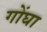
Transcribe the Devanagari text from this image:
गोंघा